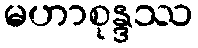
မဟာစုန္ဒဿ